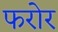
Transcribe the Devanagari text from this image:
फरोर